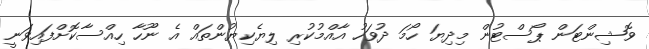
ވޮޝިންޓަން ޕޯސްޓުން މިދިޔަ ހޯމަ ދުވަހު އާއްމުކުރި ލިޔެކިޔުންތައް އެ ނޫހާ ހިއްސާކޮށްފައިވަނީ